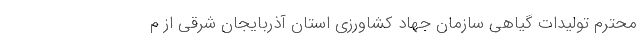
محترم تولیدات گیاهی سازمان جهاد کشاورزی استان آذربایجان شرقی از م